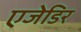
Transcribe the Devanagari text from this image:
एजेडिर